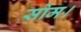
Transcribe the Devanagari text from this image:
सोम।